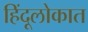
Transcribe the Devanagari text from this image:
हिंदूलोकात